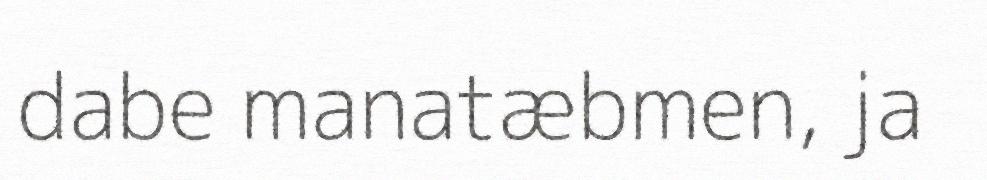
dabe manatæbmen, ja